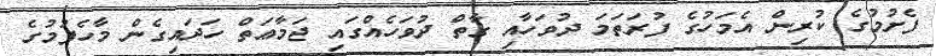
ފެށުމުގެ ކުރިން އެމަހުގެ ފުރަތަމަ ދުވަހާއި ގާތް ދުވަހެއްގައި ޖަމާޢަތް ހަދައިގެން މާހެފުމުގެ